Medical and sanitary report on the native army of Bombay for the year
Year: 1877
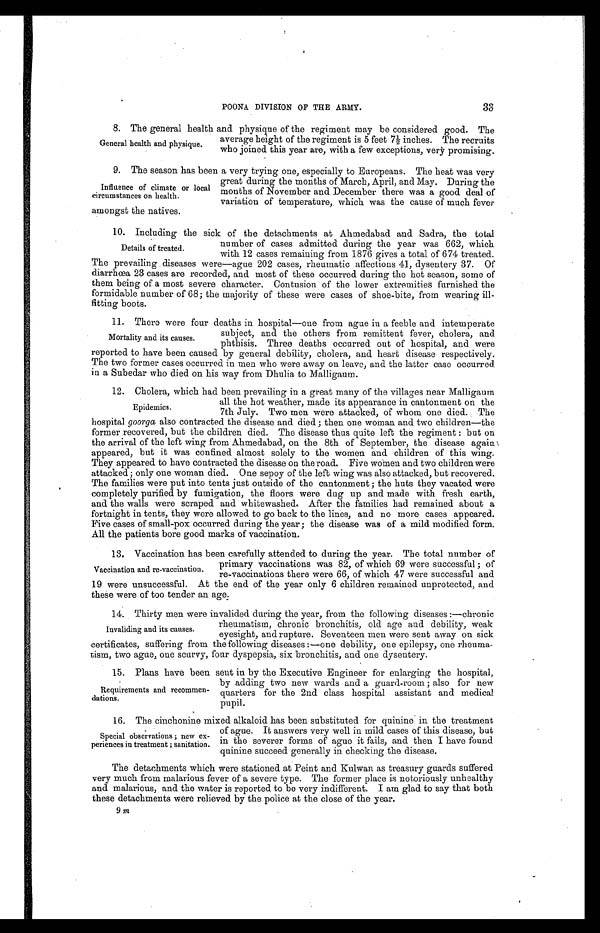
1 5 . P l a n s h a v e b e e n s e n t i n b y t h e E x e c u t i v e E n g i n e e r f o r e n l a r g i n g t h e h o s p i t a l ,
by adding two new wards and a guard-room ; also for new
quarters for the 2nd class hospital assistant and medical
pupil.
Requirements and recommen-
-dations.
POONA DIVISION OF THE ARMY.
33
8. The general health and physique of the regiment may be considered good. The
average height of the regiment is 5 feet 7½ inches. The recruits
who joined this year are, with a few exceptions, very promising.
General health and physique.
9 . T h e s e a s o n h a s b e e n a v e r y t r y i n g o n e , e s p e c i a l l y t o E u r o p e a n s . T h e h e a t w a s v e r y
great during the months of March, April, and May. During the
months of November and December there was a good deal of
variation of temperature, which was the cause of much fever
amongst the natives.
10. Including the sick of the detachments at Ahmedabad and Sadra, the total
number of cases admitted during the year was 662, which
with 12 cases remaining from 1876 gives a total of 674 treated.
The prevailing diseases were—ague 202 cases, rheumatic affections 41, dysentery 37. Of
diarrhœa 23 cases are recorded, and most of these occurred during the hot season, some of
them being of a most severe character. Contusion of the lower extremities furnished the
formidable number of 68; the majority of these were cases of shoe-bite, from wearing il
-
fitting boots.
11. There were four deaths in hospital—one from ague in a feeble and intemperate
subject, and the others from remittent fever, cholera, and
phthisis. Three deaths occurred out of hospital, and were
reported to have been caused by general debility, cholera, and heart disease respectively,
The two former cases occurred in men who were away on leave, and the latter case occurred
in a Subedar who died on his way from Dhulia to Malligaum.
12. Cholera, which had been prevailing in a great many of the villages near Malligaum
all the hot weather, made its appearance in cantonment on the
7th July. Two men were attacked, of whom one died. The
hospital goorga also contracted the disease and died ; then one woman and two children—the
former recovered, but the children died. The disease thus quite left the regiment : but on
the arrival of the left wing from Ahmedabad, on the 8th of September, the disease again
appeared, but it was confined almost solely to the women and children of this wing.
They appeared to have contracted the disease on the road. Five women and two children were
attacked; only one woman died. One sepoy of the left wing was also attacked, but recovered.
The families were put into tents just outside of the cantonment ; the huts they vacated were
completely purified by fumigation, the floors were dug up and made with fresh earth,
and the walls were scraped and whitewashed. After the families had remained about a
fortnight in tents, they were allowed to go back to the lines, and no more cases appeared.
Five cases of small-pox occurred during the year ; the disease was of a mild modified form.
All the patients bore good marks of vaccination.
13. Vaccination has been carefully attended to during the year. The total number of
primary vaccinations was 82, of which 69 were successful ; of
re-vaccinations there were 66, of which 47 were successful and
19 were unsuccessful. At the end of the year only 6 children remained unprotected, and
these were of too tender an age.
14. Thirty men were invalided during the year, from the following diseases :—chronic
rheumatism, chronic bronchitis, old age and debility, weak
eyesight, and rupture. Seventeen men were sent away on sick
certificates, suffering from the following diseases :—one debility, one epilepsy, one rheuma-
- t i s m , t w o a g u e , o n e s c u r v y , f o u r d y s p e p s i a , s i x b r o n c h i t i s , a n d o n e d y s e n t e r y .
1 6 . T h e c i n c h o n i n e m i x e d a l k a l o i d h a s b e e n s u b s t i t u t e d f o r q u i n i n e i n t h e t r e a t m e n t
of ague. It answers very well in mild cases of this disease, but
in the severer forms of ague it fails, and then I have found
quinine succeed generally in checking the disease.
The detachments which were stationed at Peint and Kulwan as treasury guards suffered
very much from malarious fever of a severe type. The former place is notoriously unhealthy
and malarious, and the water is reported to be very indifferent. I am glad to say that both
these detachments were relieved by the police at the close of the year.
Influence of climate or local
circumstances on health.
Details of treated.
Mortality and its causes.
Epidemics.
Vaccination and re-vaccination.
Invaliding and its causes.
Special observations ; new ex- -
periences in treatment ; sanitation.
9 m